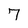
Character: 7